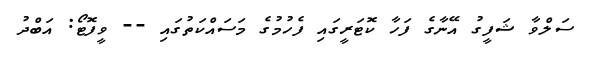
ސަލްވާ ޝަފީގު އޭނާގެ ފަހާ ކޮޓަރީގައި ފެހުމުގެ މަސައްކަތުގައި -- ވީފޮޓޯ: އަބްދު